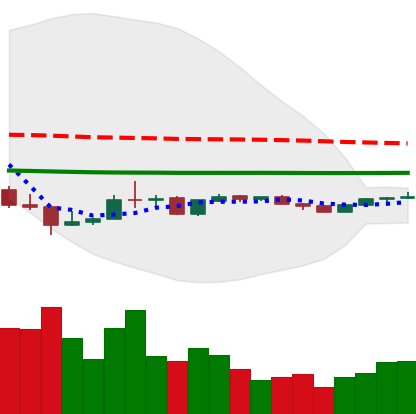
Ticker: LINK-USD
Chart end date: 2020-04-02
Forward return: 18.086%
Label: up_7plus